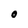
Character: O